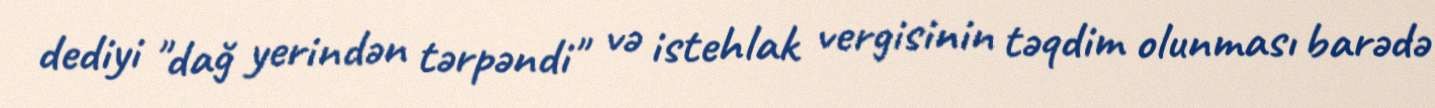
dediyi "dağ yerindən tərpəndi" və istehlak vergisinin təqdim olunması barədə